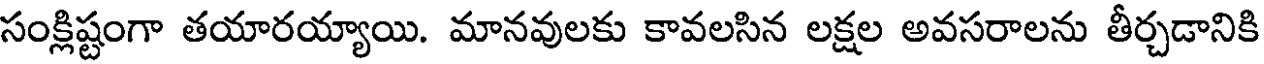
సంక్లిష్టంగా తయారయ్యాయి. మానవులకు కావలసిన లక్షల అవసరాలను తీర్చడానికి